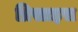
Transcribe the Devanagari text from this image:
प्रिसाइस